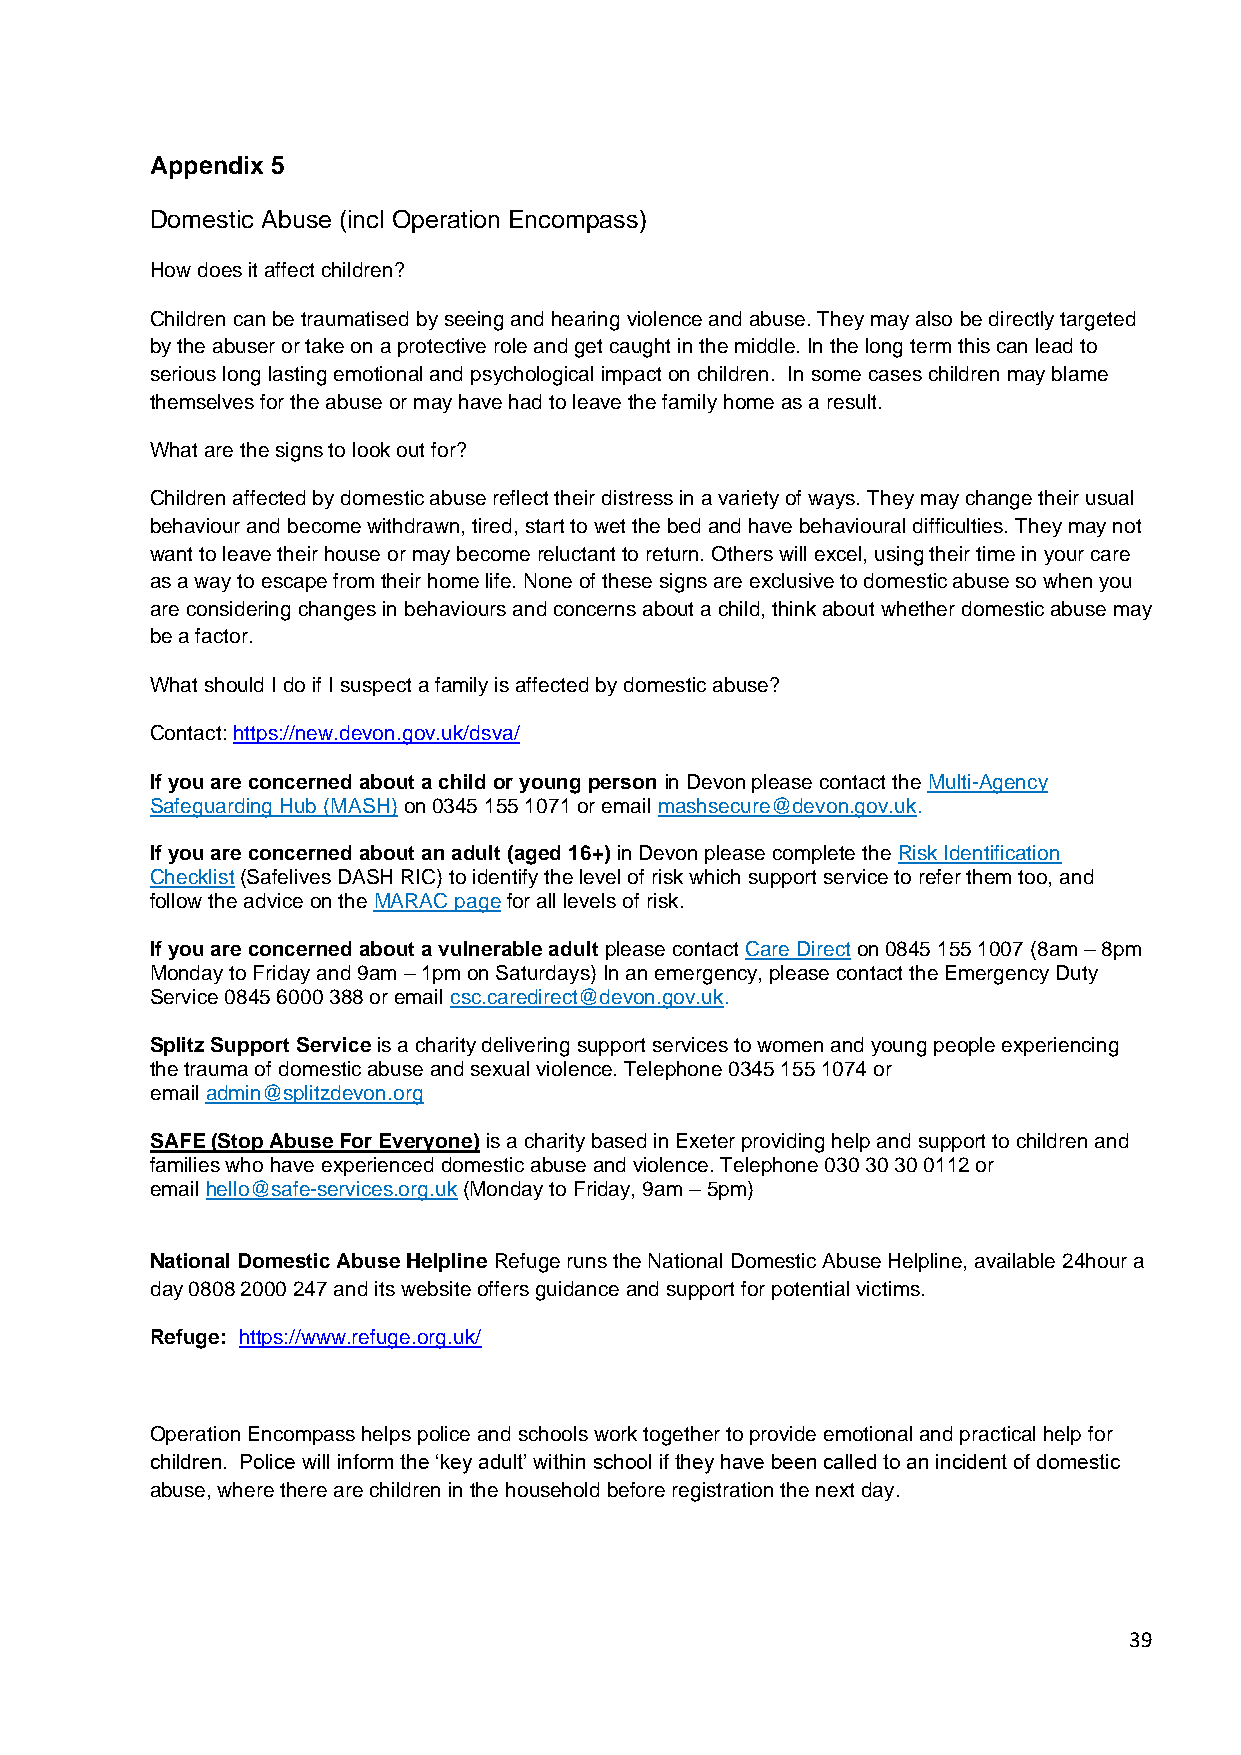
Appendix 5
 Domestic Abuse (incl Operation Encompass)
 How does it affect children?
 Children can be traumatised by seeing and hearing violence and abuse. They may also be directly targeted
 by the abuser or take on a protective role and get caught in the middle. In the long term this can lead to
 serious long lasting emotional and psychological impact on children. In some cases children may blame
 themselves for the abuse or may have had to leave the family home as a result.
 What are the signs to look out for?
 Children affected by domestic abuse reflect their distress in a variety of ways. They may change their usual
 behaviour and become withdrawn, tired, start to wet the bed and have behavioural difficulties. They may not
 want to leave their house or may become reluctant to return. Others will excel, using their time in your care
 as a way to escape from their home life. None of these signs are exclusive to domestic abuse so when you
 are considering changes in behaviours and concerns about a child, think about whether domestic abuse may
 be a factor.
 What should I do if I suspect a family is affected by domestic abuse?
 Contact: https://new.devon.gov.uk/dsva/
 If you are concerned about a child or young person in Devon please contact the Multi-Agency
 Safeguarding Hub (MASH) on 0345 155 1071 or email mashsecure@devon.gov.uk.
 If you are concerned about an adult (aged 16+) in Devon please complete the Risk Identification
 Checklist (Safelives DASH RIC) to identify the level of risk which support service to refer them too, and
 follow the advice on the MARAC page for all levels of risk.
 If you are concerned about a vulnerable adult please contact Care Direct on 0845 155 1007 (8am – 8pm
 Monday to Friday and 9am – 1pm on Saturdays) In an emergency, please contact the Emergency Duty
 Service 0845 6000 388 or email csc.caredirect@devon.gov.uk.
 Splitz Support Service is a charity delivering support services to women and young people experiencing
 the trauma of domestic abuse and sexual violence. Telephone 0345 155 1074 or
 email admin@splitzdevon.org
 SAFE (Stop Abuse For Everyone) is a charity based in Exeter providing help and support to children and
 families who have experienced domestic abuse and violence. Telephone 030 30 30 0112 or
 email hello@safe-services.org.uk (Monday to Friday, 9am – 5pm)
 National Domestic Abuse Helpline Refuge runs the National Domestic Abuse Helpline, available 24hour a
 day 0808 2000 247 and its website offers guidance and support for potential victims.
 Refuge: https://www.refuge.org.uk/
 Operation Encompass helps police and schools work together to provide emotional and practical help for
 children. Police will inform the ‘key adult’ within school if they have been called to an incident of domestic
 abuse, where there are children in the household before registration the next day.
 39